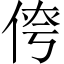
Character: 𪝄